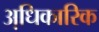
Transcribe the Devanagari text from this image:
अधि़कारिक